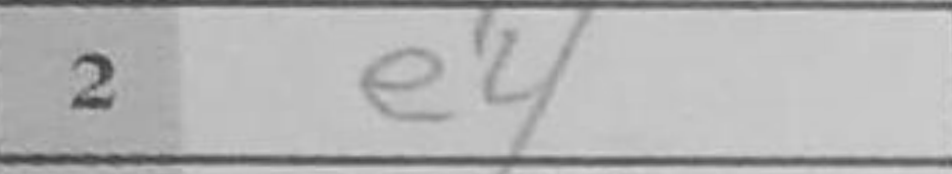
Transcription: e4